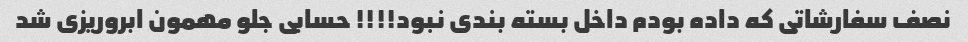
نصف سفارشاتی که داده بودم داخل بسته بندی نبود!!!! حسابی جلو مهمون ابروریزی شد